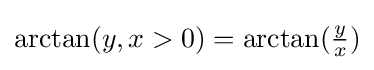
{\textstyle \arctan(y,x>0)=\arctan({\frac {y}{x}})}